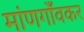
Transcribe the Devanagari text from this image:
मांणगाँवकर